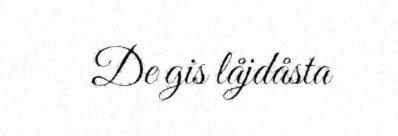
De gis låjdåsta